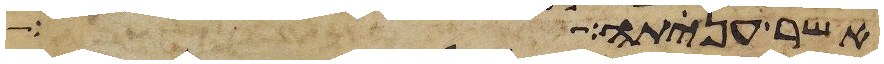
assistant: אשר ענתה